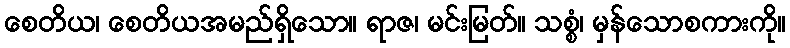
စေတိယ၊ စေတိယအမည်ရှိသော။ ရာဇ၊ မင်းမြတ်။ သစ္စံ၊ မှန်သောစကားကို။